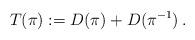
LaTeX: \begin{align*}T(\pi) := D(\pi)+D(\pi^{-1})\,.\end{align*}